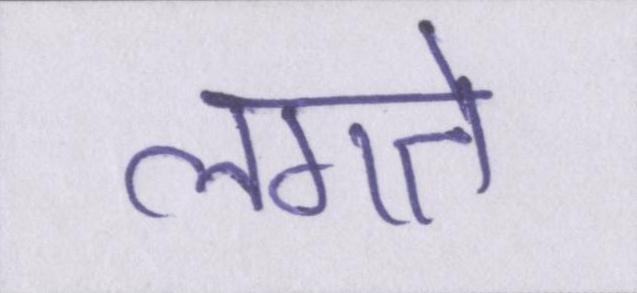
लगते